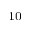
_ { 1 0 }